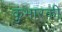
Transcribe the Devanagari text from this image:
कुंभारकी